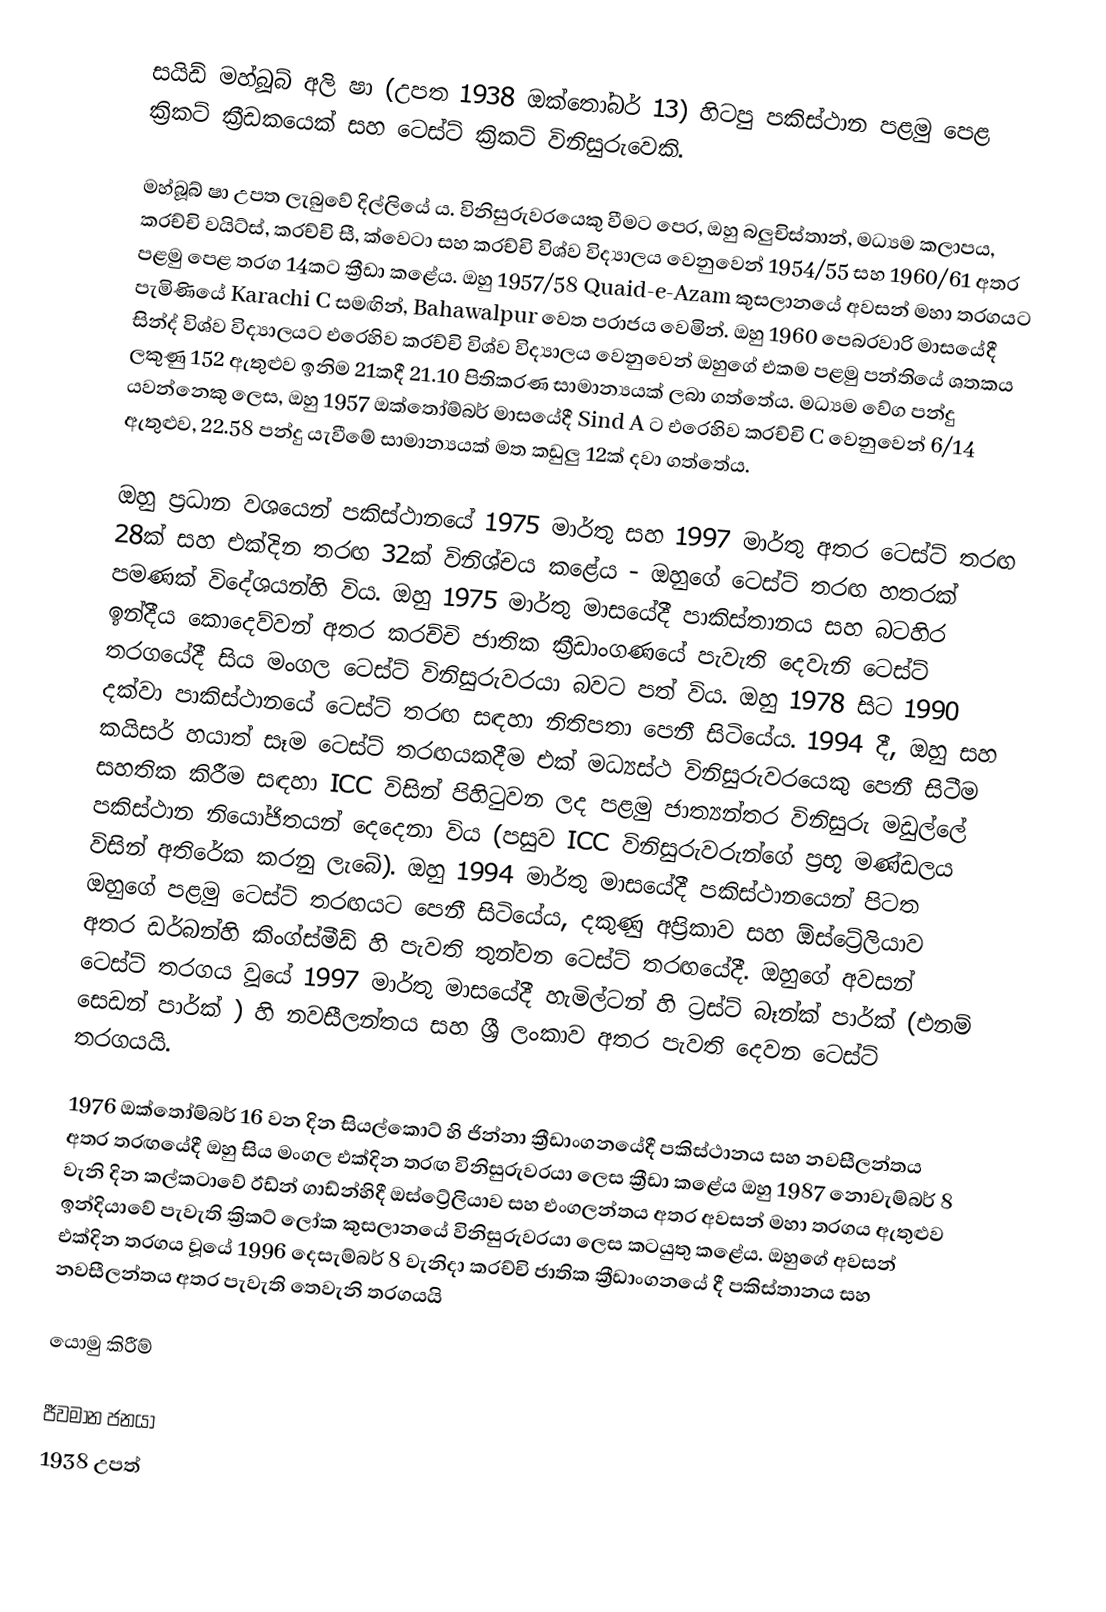
සයිඩ් මහ්බූබ් අලි ෂා (උපත 1938 ඔක්තෝබර් 13) හිටපු පකිස්ථාන පළමු පෙළ ක්‍රිකට් ක්‍රීඩකයෙක් සහ ටෙස්ට් ක්‍රිකට් විනිසුරුවෙකි.

මහ්බූබ් ෂා උපත ලැබුවේ දිල්ලියේ ය. විනිසුරුවරයෙකු වීමට පෙර, ඔහු බලුචිස්තාන්, මධ්‍යම කලාපය, කරච්චි වයිට්ස්, කරච්චි සී, ක්වෙටා සහ කරච්චි විශ්ව විද්‍යාලය වෙනුවෙන් 1954/55 සහ 1960/61 අතර පළමු පෙළ තරග 14කට ක්‍රීඩා කළේය. ඔහු 1957/58 Quaid-e-Azam කුසලානයේ අවසන් මහා තරගයට පැමිණියේ Karachi C සමඟින්, Bahawalpur වෙත පරාජය වෙමින්. ඔහු 1960 පෙබරවාරි මාසයේදී සින්ද් විශ්ව විද්‍යාලයට එරෙහිව කරච්චි විශ්ව විද්‍යාලය වෙනුවෙන් ඔහුගේ එකම පළමු පන්තියේ ශතකය ලකුණු 152 ඇතුළුව ඉනිම 21කදී 21.10 පිතිකරණ සාමාන්‍යයක් ලබා ගත්තේය.   මධ්‍යම වේග පන්දු යවන්නෙකු ලෙස, ඔහු 1957 ඔක්තෝම්බර් මාසයේදී Sind A ට එරෙහිව කරච්චි C වෙනුවෙන් 6/14 ඇතුළුව, 22.58 පන්දු යැවීමේ සාමාන්‍යයක් මත කඩුලු 12ක් දවා ගත්තේය.

ඔහු ප්‍රධාන වශයෙන් පකිස්ථානයේ 1975 මාර්තු සහ 1997 මාර්තු අතර ටෙස්ට් තරඟ 28ක් සහ එක්දින තරඟ 32ක් විනිශ්චය කළේය - ඔහුගේ ටෙස්ට් තරඟ හතරක් පමණක් විදේශයන්හි විය. ඔහු 1975 මාර්තු මාසයේදී පාකිස්තානය සහ බටහිර ඉන්දීය කොදෙව්වන් අතර කරච්චි ජාතික ක්‍රීඩාංගණයේ පැවැති දෙවැනි ටෙස්ට් තරගයේදී සිය මංගල ටෙස්ට් විනිසුරුවරයා බවට පත් විය.  ඔහු 1978 සිට 1990 දක්වා පාකිස්ථානයේ ටෙස්ට් තරඟ සඳහා නිතිපතා පෙනී සිටියේය. 1994 දී, ඔහු සහ කයිසර් හයාත් සෑම ටෙස්ට් තරඟයකදීම එක් මධ්‍යස්ථ විනිසුරුවරයෙකු පෙනී සිටීම සහතික කිරීම සඳහා ICC විසින් පිහිටුවන ලද පළමු ජාත්‍යන්තර විනිසුරු මඩුල්ලේ පකිස්ථාන නියෝජිතයන් දෙදෙනා විය (පසුව ICC විනිසුරුවරුන්ගේ ප්‍රභූ මණ්ඩලය විසින් අතිරේක කරනු ලැබේ).  ඔහු 1994 මාර්තු මාසයේදී පකිස්ථානයෙන් පිටත ඔහුගේ පළමු ටෙස්ට් තරඟයට පෙනී සිටියේය, දකුණු අප්‍රිකාව සහ ඕස්ට්‍රේලියාව අතර ඩර්බන්හි කිංග්ස්මීඩ් හි පැවති තුන්වන ටෙස්ට් තරඟයේදී.  ඔහුගේ අවසන් ටෙස්ට් තරගය වූයේ 1997 මාර්තු මාසයේදී හැමිල්ටන් හි ට්‍රස්ට් බෑන්ක් පාර්ක් (එනම් සෙඩන් පාර්ක් ) හි නවසීලන්තය සහ ශ්‍රී ලංකාව අතර පැවති දෙවන ටෙස්ට් තරගයයි.

1976 ඔක්තෝම්බර් 16 වන දින සියල්කොට් හි ජින්නා ක්‍රීඩාංගනයේදී පකිස්ථානය සහ නවසීලන්තය අතර තරඟයේදී ඔහු සිය මංගල එක්දින තරඟ විනිසුරුවරයා ලෙස ක්‍රීඩා කළේය  ඔහු 1987 නොවැම්බර් 8 වැනි දින කල්කටාවේ ඊඩ්න් ගාඩ්න්හිදී ඔස්ට්‍රේලියාව සහ එංගලන්තය අතර අවසන් මහා තරගය ඇතුළුව  ඉන්දියාවේ පැවැති ක්‍රිකට් ලෝක කුසලානයේ විනිසුරුවරයා ලෙස කටයුතු කළේය. ඔහුගේ අවසන් එක්දින තරගය වූයේ 1996 දෙසැම්බර් 8 වැනිදා කරච්චි ජාතික ක්‍රීඩාංගනයේ දී පකිස්තානය සහ නවසීලන්තය අතර පැවැති තෙවැනි තරගයයි

යොමු කිරීම්

ජීවමාන ජනයා
1938 උපත්